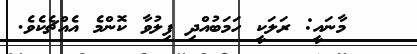
މާނައީ: ރަލަކީ ހަމަބުއްދި ފިލުވާ ކޮންމެ އެއްޗެކެވެ.